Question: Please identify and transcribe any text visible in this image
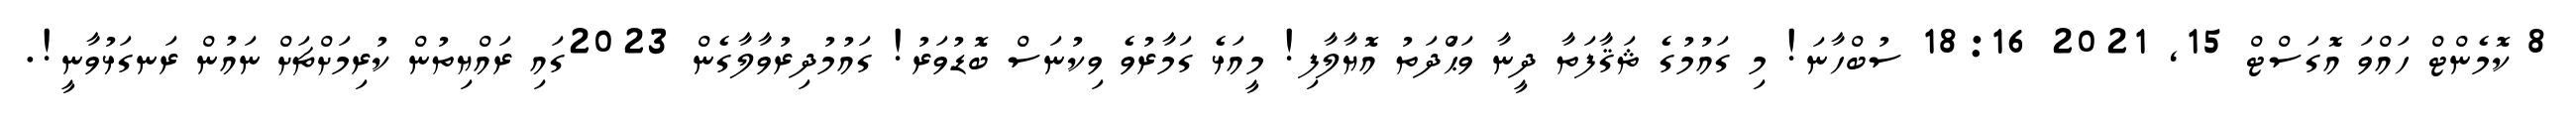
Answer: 8 ކޮމެންޓް ހައްވަ އޮގަސްޓް 15, 2021 18:16 ސުބްހާނަ! މި ގައުމުގެ ޘަޤާފަތާ ދީނާ ވަޙްަދަތު އޮޔާލާފި! މީއަޅެ ގަމާރުވެ ވިކުނަސް ބޮޑުވަރު! ގައުމުދިރުވާލާގެން 2023ގައި ރައްޔިތުން ކުރިމަށްޗަށް ނައުން ރަނގަޅުވާނީ!.